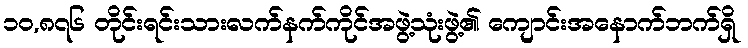
၁၀,၈၇၆ တိုင်းရင်းသားလက်နက်ကိုင်အဖွဲ့သုံးဖွဲ့၏ ကျောင်းအနောက်ဘက်ရှိ